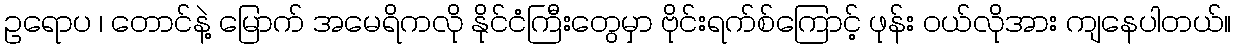
ဥရောပ ၊ တောင်နဲ့ မြောက် အမေရိကလို နိုင်ငံကြီးတွေမှာ ဗိုင်းရက်စ်ကြောင့် ဖုန်း ဝယ်လိုအား ကျနေပါတယ်။